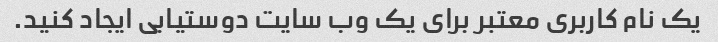
یک نام کاربری معتبر برای یک وب سایت دوستیابی ایجاد کنید.